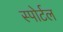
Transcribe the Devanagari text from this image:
स्पोर्टल